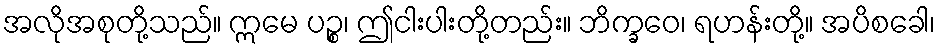
အလိုအစုတို့သည်။ ဣမေ ပဉ္စ၊ ဤငါးပါးတို့တည်း။ ဘိက္ခဝေ၊ ရဟန်းတို့။ အပိစခေါ၊